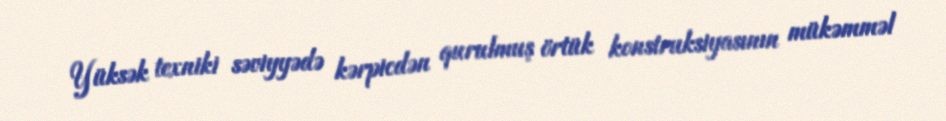
Yüksək texniki səviyyədə kərpicdən qurulmuş örtük konstruksiyasının mükəmməl